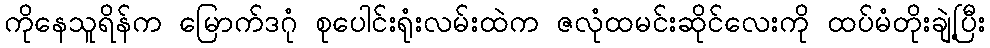
ကိုနေသူရိန်က မြောက်ဒဂုံ စုပေါင်းရုံးလမ်းထဲက ဇလုံထမင်းဆိုင်လေးကို ထပ်မံတိုးချဲ့ပြီး